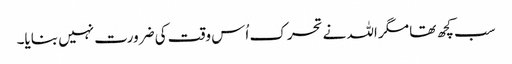
سب کچھ تھا مگر اللہ نے تحرک اُس وقت کی ضرورت نہیں بنایا۔